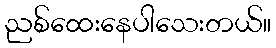
ညစ်ထေးနေပါသေးတယ်။